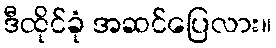
ဒီထိုင်ခုံ အဆင်ပြေလား။